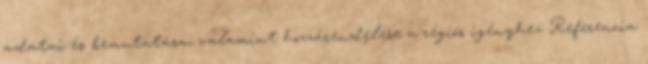
adatai és bemutatása, valamint hozzárendelése a régiós igényhez Referencia